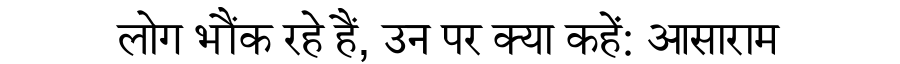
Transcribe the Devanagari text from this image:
लोग भौंक रहे हैं, उन पर क्या कहें: आसाराम